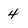
Character: 4